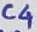
Text: C4